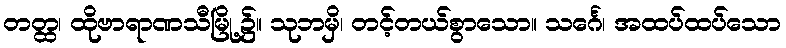
တတ္ထ၊ ထိုဗာရာဏသီမြို့၌။ သုဘမှိ၊ တင့်တယ်စွာသော။ သင်္ဂေ၊ အထပ်ထပ်သော